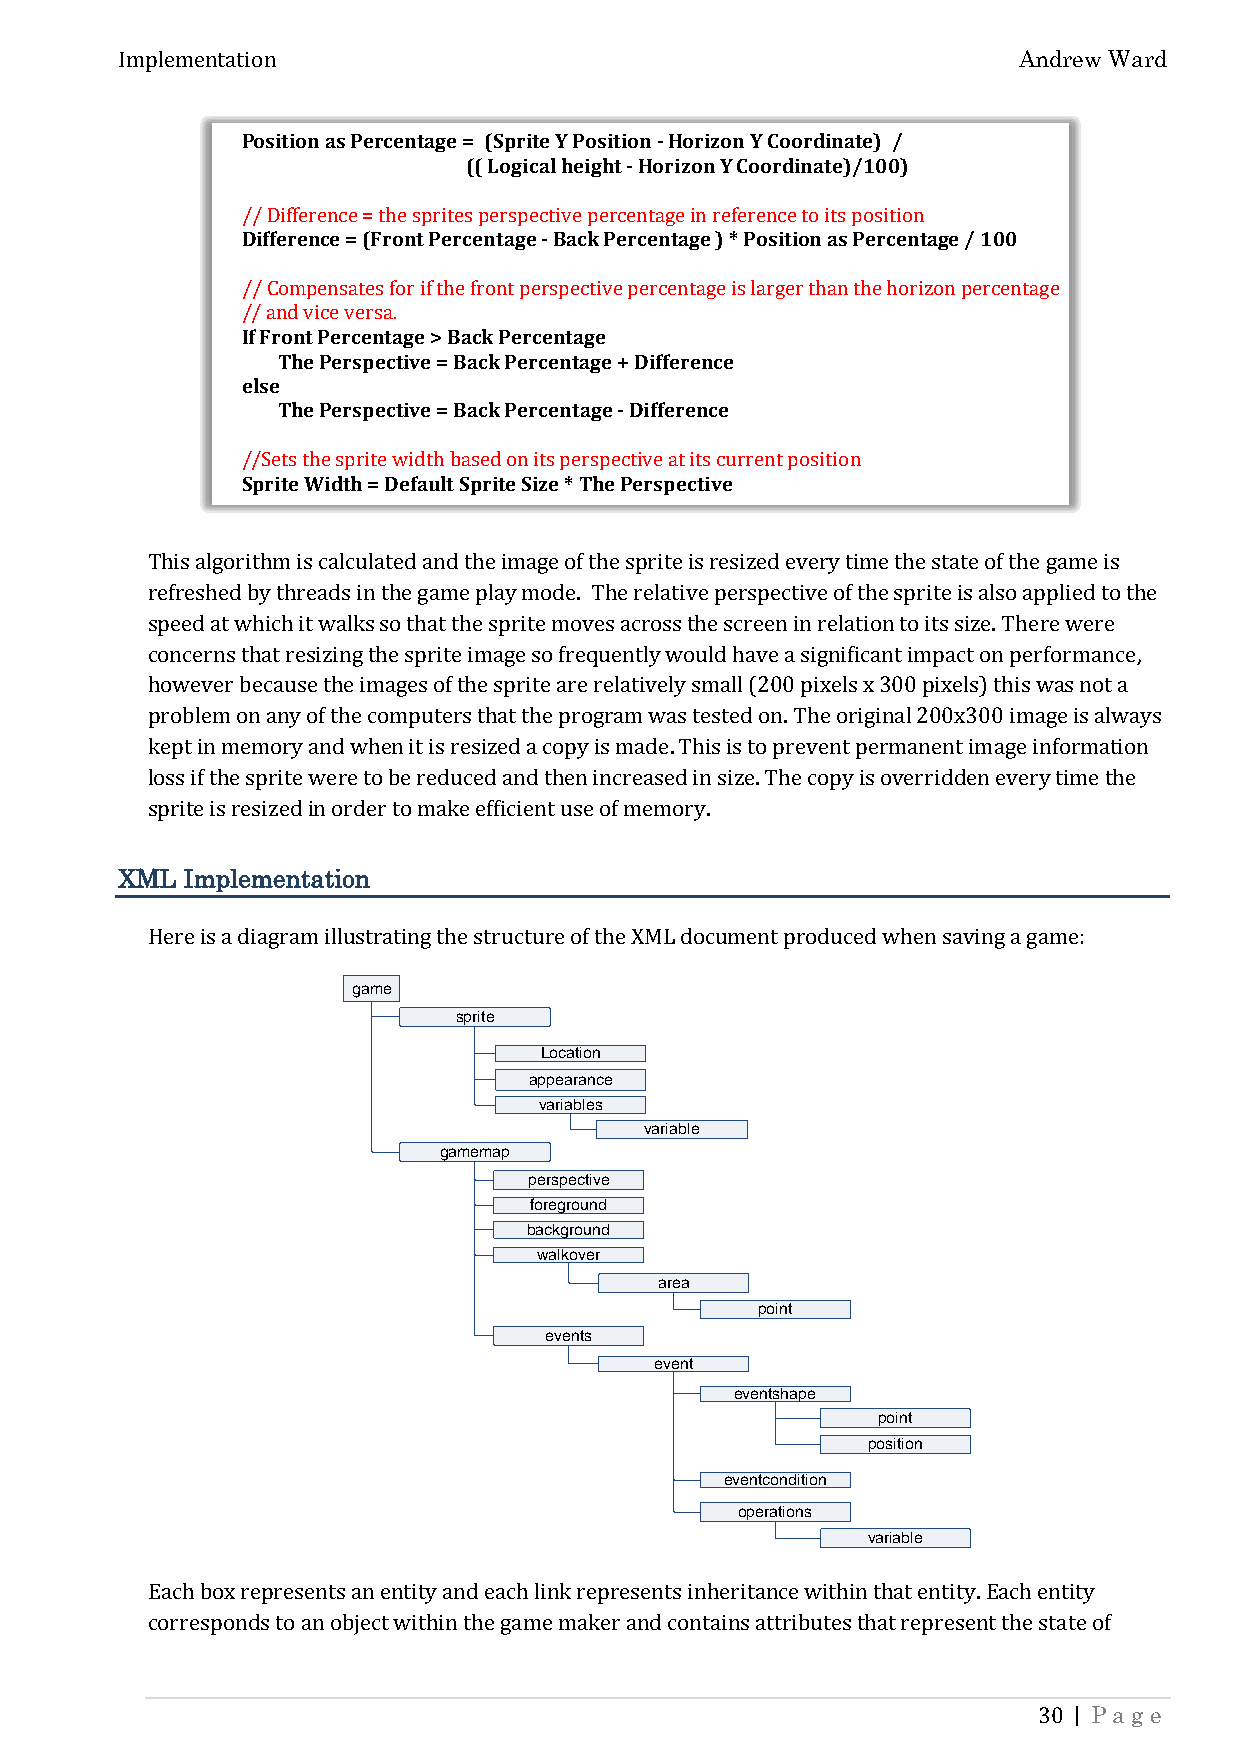
Andrew Ward
 Implementation
 Position as Percentage = (Sprite Y Position - Horizon Y Coordinate) /
 (( Logical height - Horizon Y Coordinate)/100)
 Difference = (Front Percentage - Back Percentage ) * Position as Percentage / 100
 // Difference = the sprites perspective percentage in reference to its position
 /If/ F Croomntp Penesracteenst faogre i f> t hBea fcrko nPte precersnpteacgteiv e percentage is larger than the horizon percentage
 / / a nTdh evi Pcee rvseprseac.t ive = Back Percentage + Difference
 else
 The Perspective = Back Percentage - Difference
 Sprite Width = Default Sprite Size * The Perspective
 //Sets the sprite width based on its perspective at its current position
 This algorithm is calculated and the image of the sprite is resized every time the state of the game is
 refreshed by threads in the game play mode. The relative perspective of the sprite is also applied to the
 speed at which it walks so that the sprite moves across the screen in relation to its size. There were
 concerns that resizing the sprite image so frequently would have a significant impact on performance,
 however because the images of the sprite are relatively small (200 pixels x 300 pixels) this was not a
 problem on any of the computers that the program was tested on. The original 200x300 image is always
 kept in memory and when it is resized a copy is made. This is to prevent permanent image information
 loss if the sprite were to be reduced and then increased in size. The copy is overridden every time the
 sprite is resized in order to make efficient use of memory.
 XML Implementation
 Here is a diagram illugsatmreating the structure of the XML document produced when saving a game:
 sprite
 Location
 appearance
 variables
 variable
 gamemap
 perspective
 foreground
 background
 walkover
 area
 point
 events
 event
 eventshape
 point
 position
 eventcondition
 operations
 variable
 Each box represents an entity and each link represents inheritance within that entity. Each entity
 corresponds to an object within the game maker and contains attributes that represent the state of
 | Page
 30